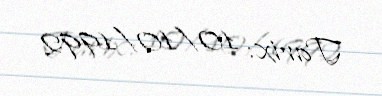
Tarix: 10/10/1992